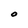
Character: O